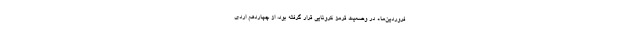
فروردین‌ماه در وضعیت قرمز کرونایی قرار گرفته بود، از چهاردهم اردی